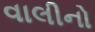
વાલીનો